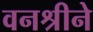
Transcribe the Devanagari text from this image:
वनश्रीने